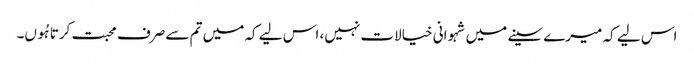
اس لیے کہ میرے سینے میں شہوانی خیالات نہیں، اس لیے کہ میں تم سے صرف محبت کرتا ہُوں۔